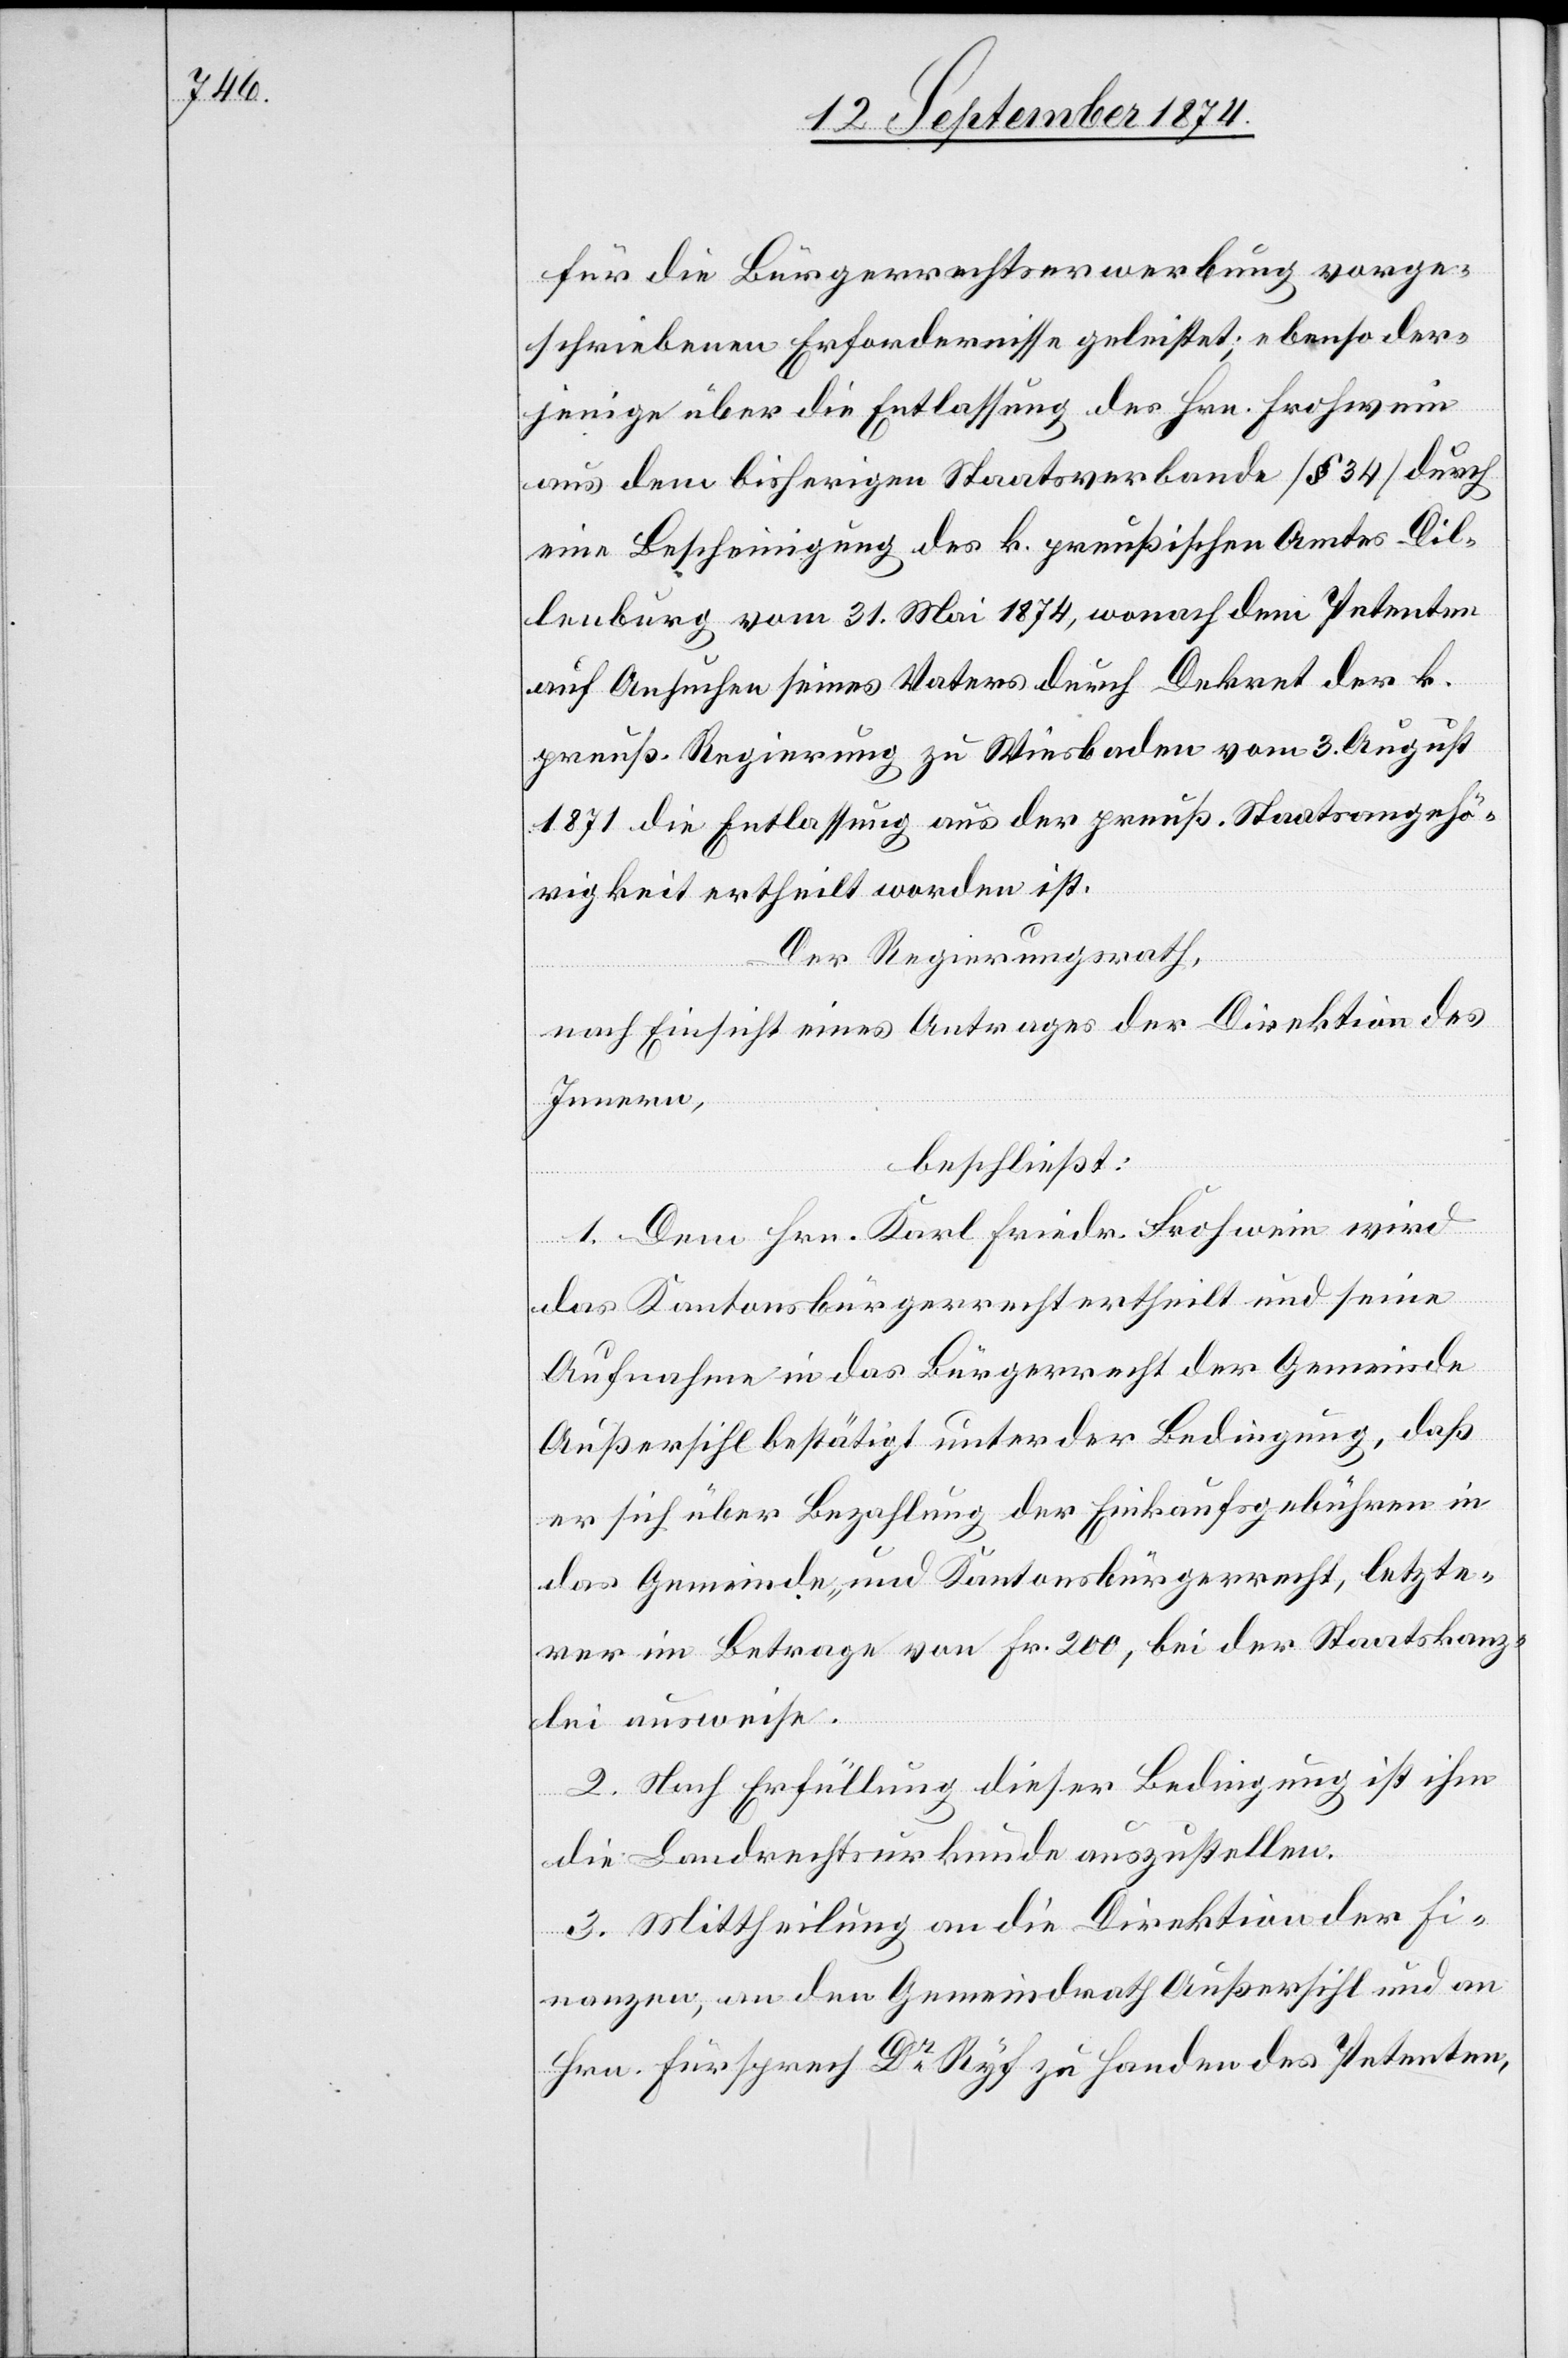
für die Bürgerrechtserwerbung vorge¬
schriebenen Erfordernisse geleistet; ebenso der¬
jenige über die Entlassung des Hrn. Frohwein
aus dem bisherigen Staatsverbande [§ 34] durch
eine Bescheinigung des k. preußischen Amts Dil¬
lenburg vom 31. Mai 1874, wonach dem Petenten
auf Ansuchen seines Vaters durch Dekret der k.
preuß. Regierung zu Wiesbaden vom 3. August
1871 die Entlassung aus der preuß. Staatsangehö¬
rigkeit ertheilt worden ist.
Der Regierungsrath,
nach Einsicht eines Antrages der Direktion des
Innern,
beschließt:
1. Dem Hrn. Karl Friedr. Frohwein wird
das Kantonsbürgerrecht ertheilt und seine
Aufnahme in das Bürgerrecht der Gemeinde
Außersihl bestätigt unter der Bedingung, daß
er sich über Bezahlung der Einkaufsgebühren in
das Gemeinde- und Kantonsbürgerrecht, letzte¬
rer im Betrage von Fr. 200, bei der Staatskanz¬
lei ausweise.
2. Nach Erfüllung dieser Bedingung ist ihm
die Landrechtsurkunde auszustellen.
3. Mittheilung an die Direktion der Fi¬
nanzen, an den Gemeindrath Außersihl und an
Hrn. Fürsprech Dr Ryf zu Handen des Petenten,